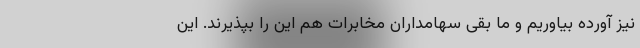
نیز آورده بیاوریم و ما بقی سهامداران مخابرات هم این را بپذیرند. این